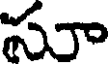
సూ